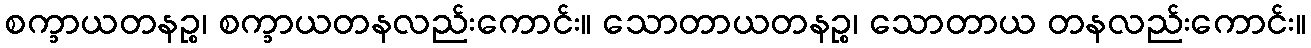
စက္ခာယတနဉ္စ၊ စက္ခာယတနလည်းကောင်း။ သောတာယတနဉ္စ၊ သောတာယ တနလည်းကောင်း။